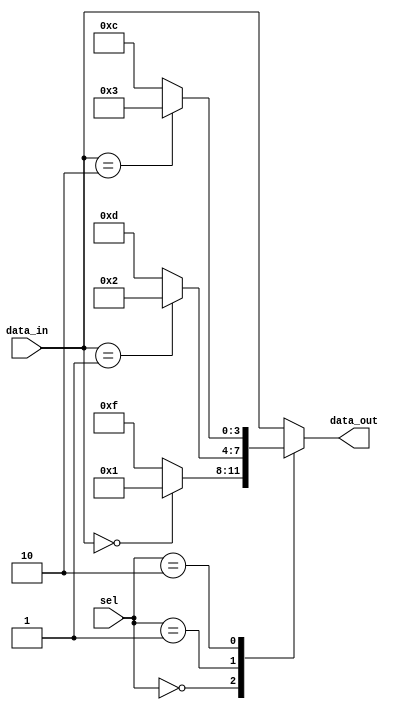
module conditional_logic (
    input wire [2:0] sel,
    input wire [3:0] data_in,
    output reg [3:0] data_out
);

always @(*)
begin
    case(sel)
        3'b000: begin
            if(data_in == 4'b0000)
                data_out = 4'b0001;
            else
                data_out = 4'b1111;
        end
        3'b001: begin
            if(data_in == 4'b0001)
                data_out = 4'b0010;
            else
                data_out = 4'b1101;
        end
        3'b010: begin
            if(data_in == 4'b0010)
                data_out = 4'b0011;
            else
                data_out = 4'b1100;
        end
        default: begin
            data_out = data_in;
        end
    endcase
end

endmodule